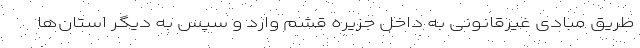
طریق مبادی غیرقانونی به داخل جزیره قشم وارد و سپس به دیگر استان‌ها